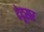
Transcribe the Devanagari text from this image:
देदूसर